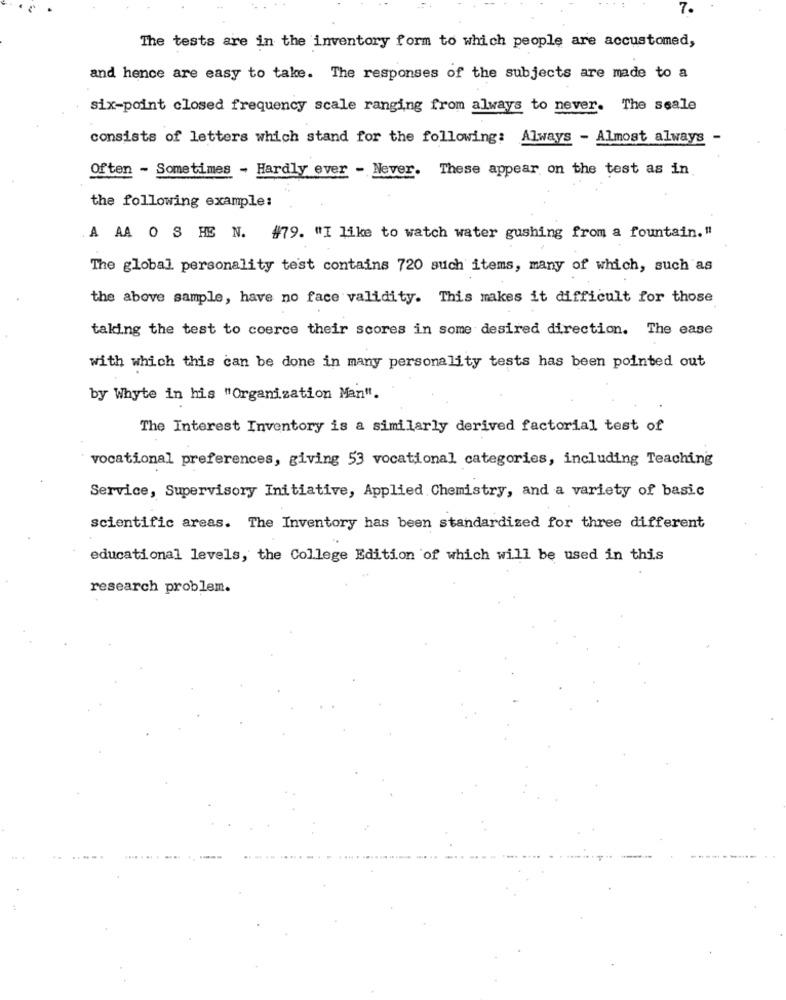
7.
The tests are in the inventory form to which people are accustomed,
and hence are easy to take. The responses of the subjects are made to a
six-point closed frequency scale ranging from always to never. The ssale
consists of letters which stand for the following: Always - Almost always -
Often - Sometimes - Hardly ever - Never. These appear on the test as in
the following example:
A AA O S HE N. #79. "I like to watch water gushing from a fountain."
The global personality test contains 720 such items, many of which, such as
the above sample, have no face validity. This makes it difficult for those
taking the test to coerce their scores in some desired direction. The ease
with which this can be done in many personality tests has been pointed out
by Whyte in his "Organization Man".
The Interest Inventory is a similarly derived factorial test of
vocational preferences, giving 53 vocational categories, including Teaching
Service, Supervisory Initiative, Applied Chemistry, and a variety of basic
scientific areas. The Inventory has been standardized for three different
educational levels, the College Edition of which will be used in this
research problem.
----